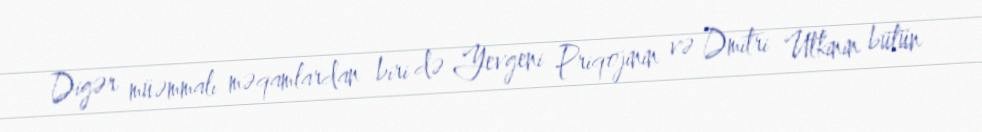
Digər müəmmalı məqamlardan biri də Yevgeni Priqojinin və Dmitri Utkinin bütün